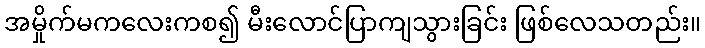
အမှိုက်မကလေးကစ၍ မီးလောင်ပြာကျသွားခြင်း ဖြစ်လေသတည်း။